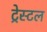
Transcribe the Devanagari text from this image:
ट्रेस्टल